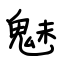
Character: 魅